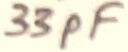
Text: 33pF